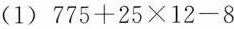
(1)$$775+25\times 12-8$$